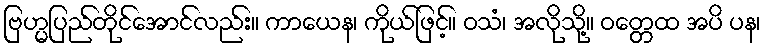
ဗြဟ္မပြည်တိုင်အောင်လည်း။ ကာယေန၊ ကိုယ်ဖြင့်။ ဝသံ၊ အလိုသို့။ ဝတ္တေထ အပိ ပန၊